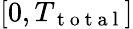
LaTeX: \left[0,{T_{\mathrm{~t~o~t~a~l~}}}\right]